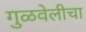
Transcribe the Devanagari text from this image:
गुळवेलीचा